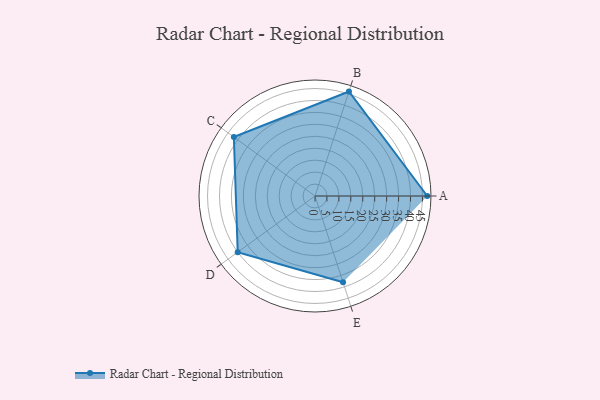
{"axis": {"x": "Skill", "y": "Score"}, "legend": ["Profile"], "data": [{"x": "A", "y": 47.0, "type": "Profile"}, {"x": "B", "y": 46.0, "type": "Profile"}, {"x": "C", "y": 42.0, "type": "Profile"}, {"x": "D", "y": 40.0, "type": "Profile"}, {"x": "E", "y": 38.0, "type": "Profile"}]}